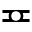
\eqcirc